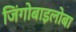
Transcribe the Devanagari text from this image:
जिंगोबाइलोबा